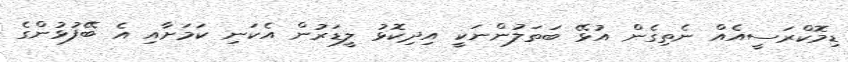
ޑިމޮކްރަސީއެއް ނެތިގެން އުޅޭ ބަތަލުންނަކީ އިދިކޮޅު ލީޑަރުން އެކަނި ކަމަށާއި އެ ބޭފުޅުންގެ